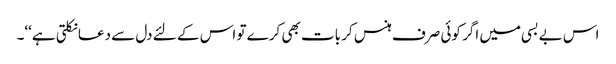
اس بے بسی میں اگر کوئی صرف ہنس کر بات بھی کرے تو اس کے لئے دل سے دعا نکلتی ہے‘‘۔